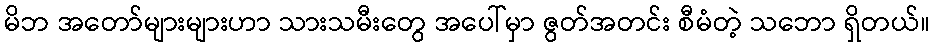
မိဘ အတော်များများဟာ သားသမီးတွေ အပေါ်မှာ ဇွတ်အတင်း စီမံတဲ့ သဘော ရှိတယ်။